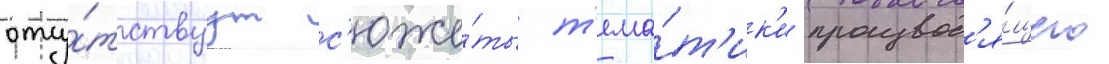
отсу́тствуут с'юже́ты т'ема́т'ик'и производ'я́щего